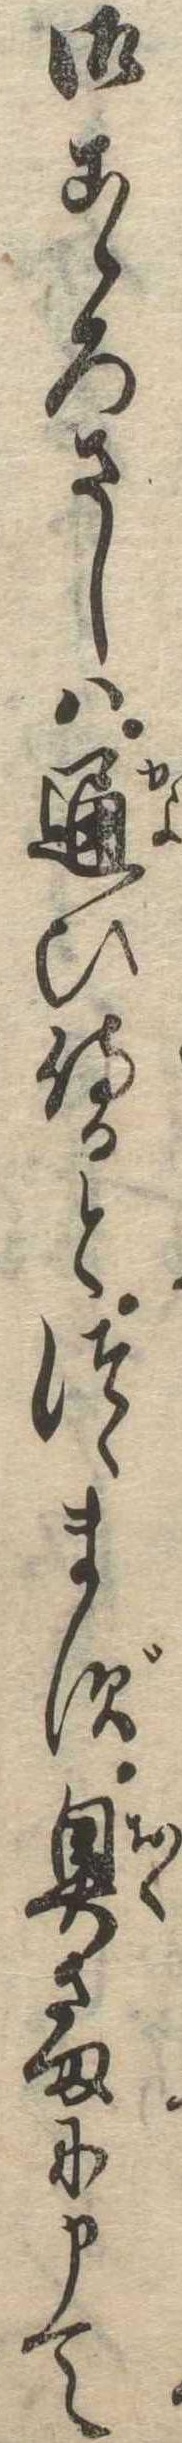
御こゝろさしは通ひ侍るとつゝまず奥さまに申て